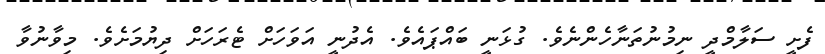
ފެށީ ސަލާމްދީ ނިމުނުތަނާހެންނެވެ. ގުޅަނީ ބައްޕައެވެ. އެދުނީ އަވަހަށް ޓެރަހަށް ދިޔުމަށެވެ. މިވާނުވާ